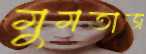
মুমতাজ